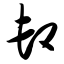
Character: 卸